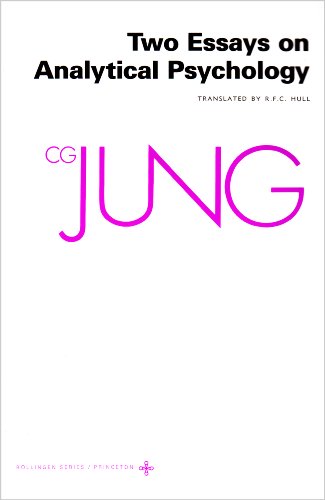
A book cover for Two Essays on Analytical Psychology (Collected Works of C.G. Jung Vol.7); C. G. Jung; Medical Books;